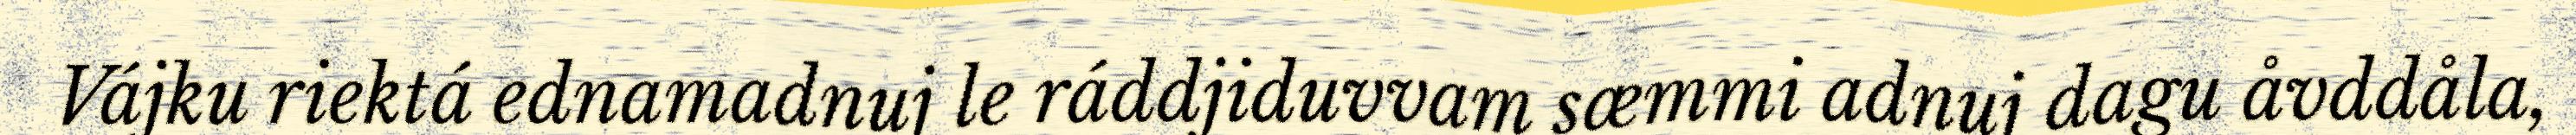
Vájku riektá ednamadnuj le ráddjiduvvam sæmmi adnuj dagu åvddåla,